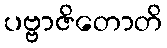
ပဗ္ဗာဇိတောတိ